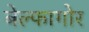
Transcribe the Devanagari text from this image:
बेल्फागोर